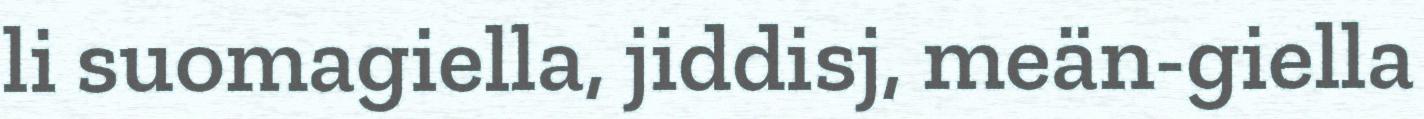
li suomagiella, jiddisj, meän-giella